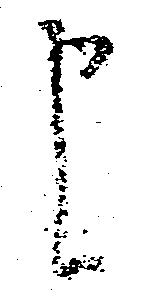
申